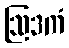
ဩဒကံ